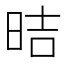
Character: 𪰙